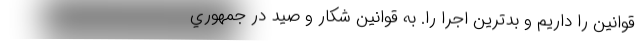
قوانين را داريم و بدترين اجرا را. به قوانين شكار و صيد در جمهوري